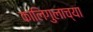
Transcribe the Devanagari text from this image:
कालिगुलाच्या